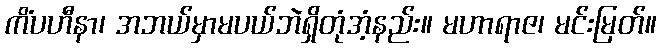
ကိံပဟီနာ၊ အဘယ်မှာမပယ်ဘဲရှိတုံအံ့နည်း။ မဟာရာဇ၊ မင်းမြတ်။